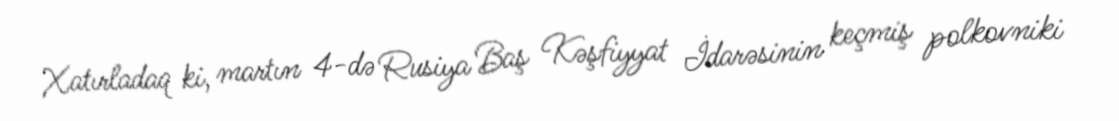
Xatırladaq ki, martın 4-də Rusiya Baş Kəşfiyyat İdarəsinin keçmiş polkovniki